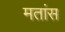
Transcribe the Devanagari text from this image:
मतांस